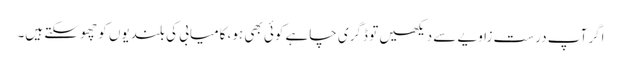
اگر آپ درست زاویے سے دیکھیں تو ڈگری چاہے کوئی بھی ہو، کامیابی کی بلندیوں کو چھو سکتے ہیں۔